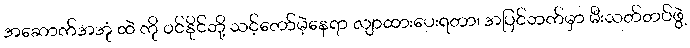
အဆောက်အအုံ ထဲ ကို ဝင်နိုင်ဘို့ သင့်တော်မဲ့နေရာ လျာထားပေးရတာ၊ အပြင်ဘက်မှာ မီးသတ်တပ်ဖွဲ့